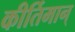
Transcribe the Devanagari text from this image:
कीर्तिमान्